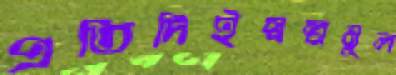
প্রতিদিইস্বল্পমূল